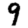
Digit: 9